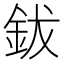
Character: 鈸